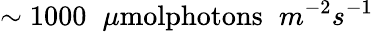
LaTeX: \sim 1000\phantom{x}\mu\textrm{molphotons}\phantom{x}m^{-2}s^{-1}